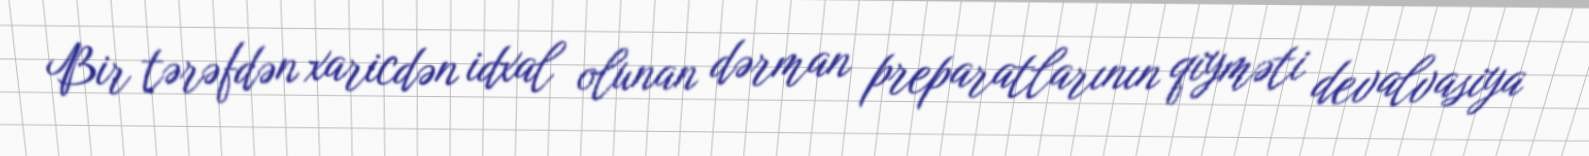
Bir tərəfdən xaricdən idxal olunan dərman preparatlarının qiyməti devalvasiya